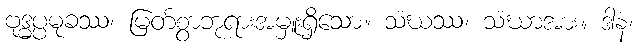
ဗုဒ္ဓပ္ပမုခဿ၊ မြတ်စွာဘုရားအမှူးရှိသော။ သံဃဿ၊ သံဃာအား။ ဒါနံ၊